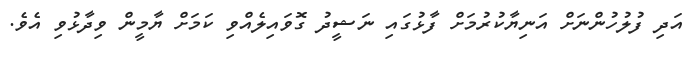
އަދި ފުލުހުންނަށް އަނިޔާކުރުމަށް ފާޅުގައި ނަޝީދު ގޮވައިލެއްވި ކަމަށް ޔާމީން ވިދާޅުވި އެވެ.